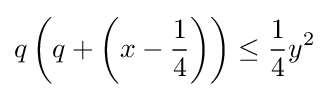
q\left(q+\left(x-{\frac {1}{4}}\right)\right)\leq {\frac {1}{4}}y^{2}